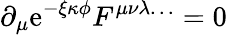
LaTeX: \partial_{\mu}\mathrm{e}^{-\xi\kappa\phi}F^{\mu\nu\lambda\ldots}=0